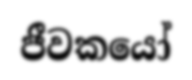
ජීවකයෝ